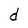
Character: d